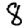
Digit: 8